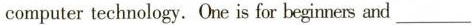
computer technology.One is for beginers and___